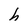
Character: h